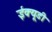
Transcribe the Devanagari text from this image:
ईक्यूडी